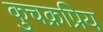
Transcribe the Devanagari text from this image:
कुचक्रप्रिय